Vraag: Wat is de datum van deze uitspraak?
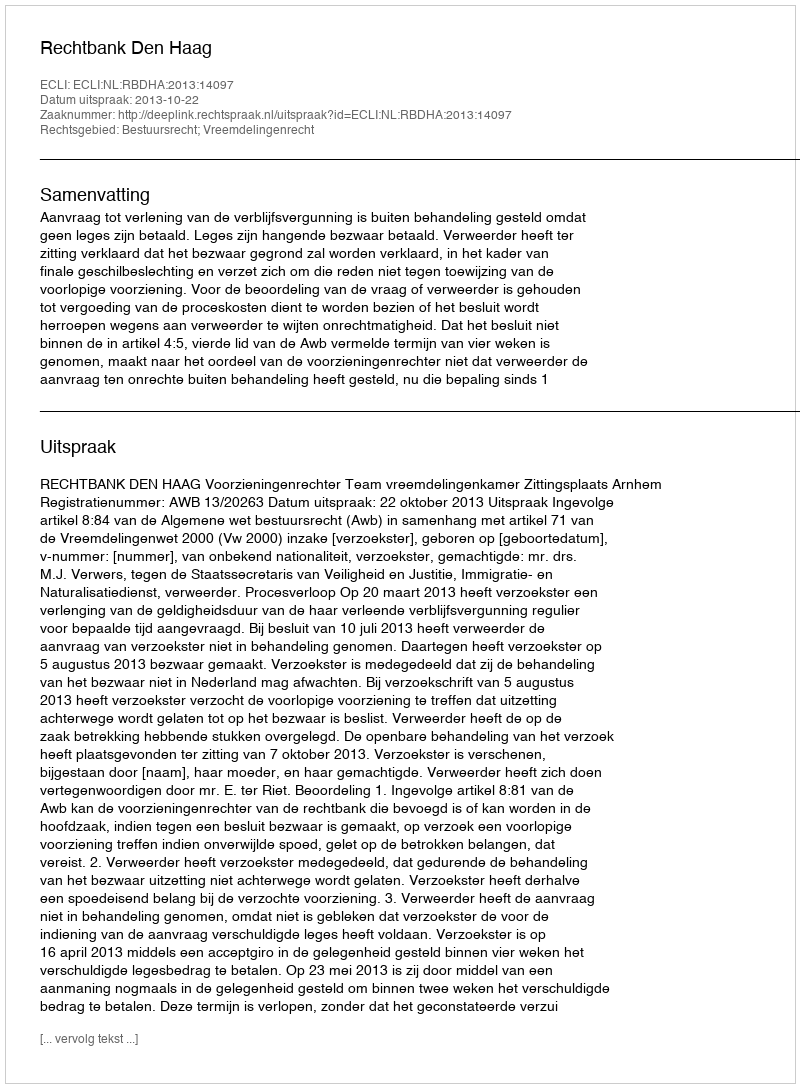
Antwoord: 2013-10-22